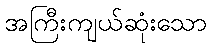
အကြီးကျယ်ဆုံးသော